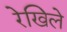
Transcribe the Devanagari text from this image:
रेखिले